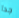
جدا